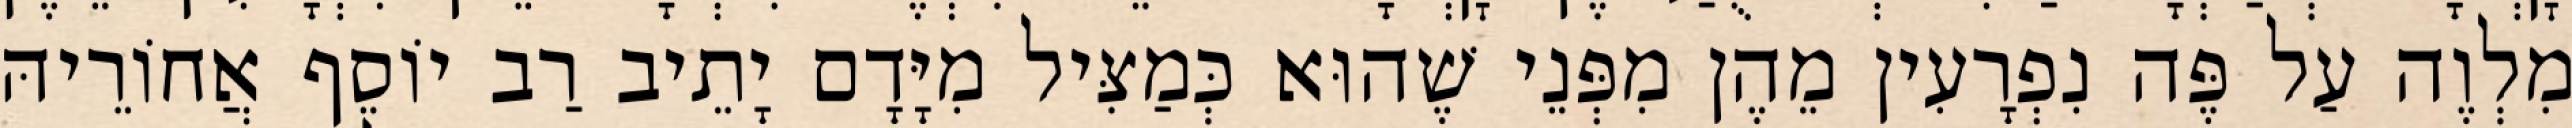
מִלְוֶה עַל פֶּה נִפְרָעִין מֵהֶן מִפְּנֵי שֶׁהוּא כְּמַצִּיל מִיָּדָם יָתֵיב רַב יוֹסֵף אֲחוֹרֵיהּ